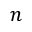
n